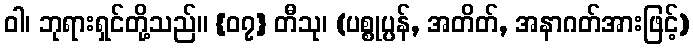
ဝါ၊ ဘုရားရှင်တို့သည်။ {၀၇} တီသု၊ (ပစ္စုပ္ပန်, အတိတ်, အနာဂတ်အားဖြင့်)